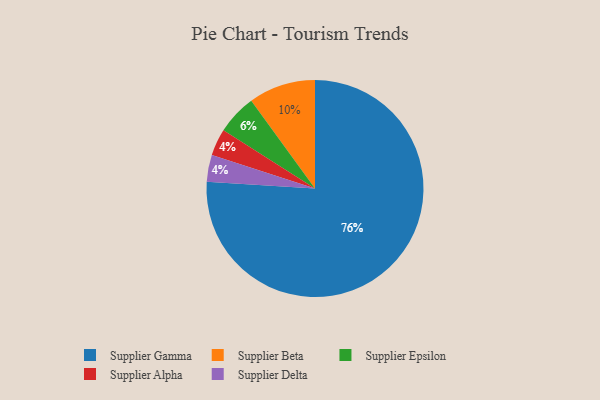
{"axis": {"x": "Category", "y": "Percentage"}, "legend": ["Supplier Alpha", "Supplier Beta", "Supplier Delta", "Supplier Epsilon", "Supplier Gamma"], "data": [{"x": "Supplier Beta", "y": 10, "type": "Supplier Beta"}, {"x": "Supplier Gamma", "y": 76, "type": "Supplier Gamma"}, {"x": "Supplier Alpha", "y": 4, "type": "Supplier Alpha"}, {"x": "Supplier Epsilon", "y": 6, "type": "Supplier Epsilon"}, {"x": "Supplier Delta", "y": 4, "type": "Supplier Delta"}]}